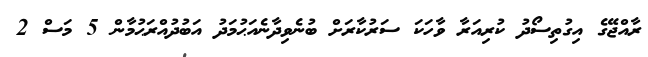
ރާއްޖޭގެ އިގުތިސޯދު ކުރިއަރާ ވާހަކަ ސަރުކާރަށް ބުނެވިދާނެއަޙުމަދު އަބުދުއްރަޙުމާން 5 މަސް 2